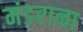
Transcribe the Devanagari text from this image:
मंडराना